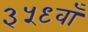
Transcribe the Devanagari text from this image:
३५९वाँ